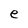
Character: e